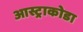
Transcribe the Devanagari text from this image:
आस्ट्राकोडा